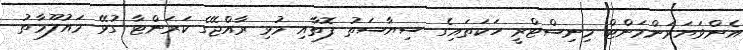
އެންވަޔަރަންމަންޓް މިނިސްޓްރީ ހަކަތައިގެ ސިޔާސަތު ފޮތާއި މުޅި ރާއްޖޭގެ ކަރަންޓާ ގުޅޭ މައުލޫމާތު